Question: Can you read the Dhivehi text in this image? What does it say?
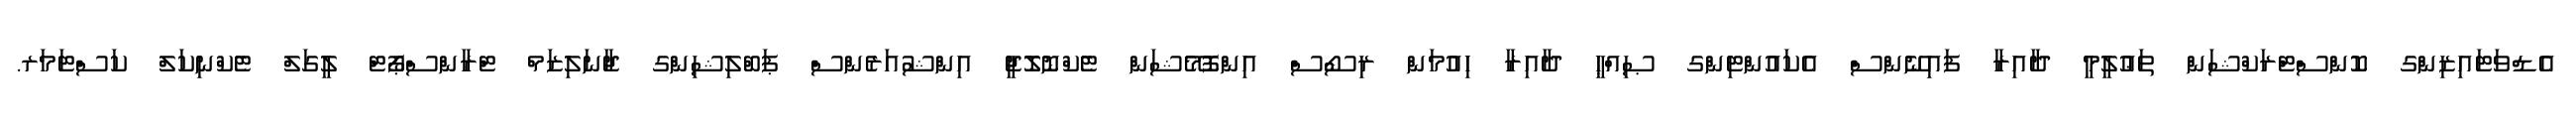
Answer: އެޑްވަޓައިޒިންގ ކޮންސްޓްރަކްޝަން ތަޢުލީމީ ދާއިރާ ފައިނޭންސް އެކައުންޓިންގ ޞިއްޙީ ދާއިރާ ހިއުމަން ރިސޯސް އިންފޮމޭޝަން ޓެކްނޮލޮޖީ އިންޝުއަރެންސް ޕަބްލިޝިންގ ޖާނަލިޒަމް ޓްރާންސްޕޯޓް ލީގަލް ޓެކްނިކަލް ކަސްޓަމަރ.